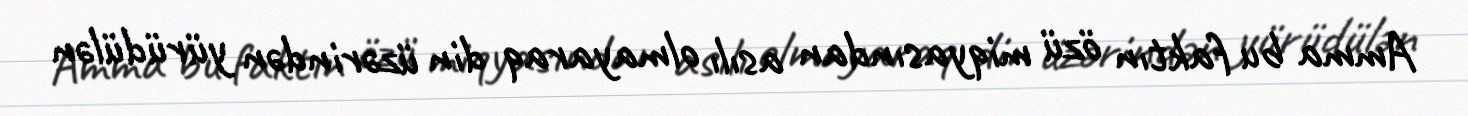
Amma bu faktın özü miqyasından asılı olmayaraq din üzərindən yürüdülən